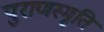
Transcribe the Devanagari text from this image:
पुराणस्मृति